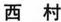
西村